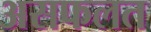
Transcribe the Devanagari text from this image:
असफलत